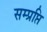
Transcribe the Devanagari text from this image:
सम्प्रप्ति